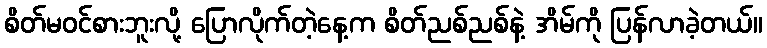
စိတ်မဝင်စားဘူးလို့ ပြောလိုက်တဲ့နေ့က စိတ်ညစ်ညစ်နဲ့ အိမ်ကို ပြန်လာခဲ့တယ်။